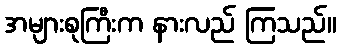
အများစုကြီးက နားလည် ကြသည်။